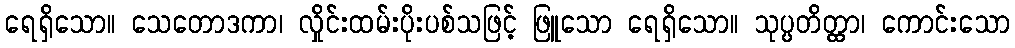
ရေရှိသော။ သေတောဒကာ၊ လှိုင်းထမ်းပိုးပစ်သဖြင့် ဖြူသော ရေရှိသော။ သုပ္ပတိတ္ထာ၊ ကောင်းသော